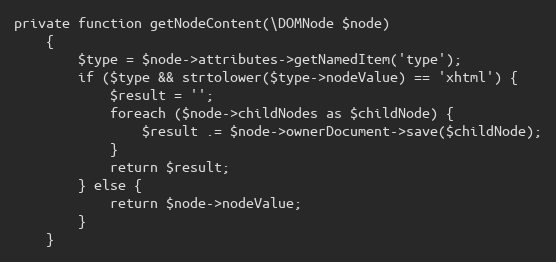
Language: PHP
private function getNodeContent(\DOMNode $node)
    {
        $type = $node->attributes->getNamedItem('type');
        if ($type && strtolower($type->nodeValue) == 'xhtml') {
            $result = '';
            foreach ($node->childNodes as $childNode) {
                $result .= $node->ownerDocument->save($childNode);
            }
            return $result;
        } else {
            return $node->nodeValue;
        }
    }